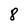
Character: 8